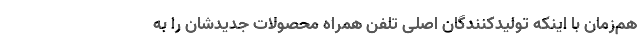
هم‌زمان با اینکه تولیدکنندگان اصلی تلفن همراه محصولات جدیدشان را به